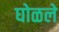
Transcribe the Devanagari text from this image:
घोळले